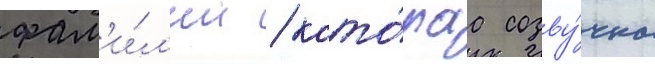
фам'и́л'ии / кото́раа созву́чна